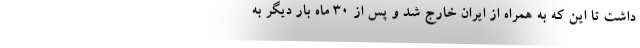
داشت تا این که به همراه از ایران خارج شد و پس از 30 ماه بار دیگر به